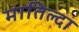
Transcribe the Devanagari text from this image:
मातिल्दा